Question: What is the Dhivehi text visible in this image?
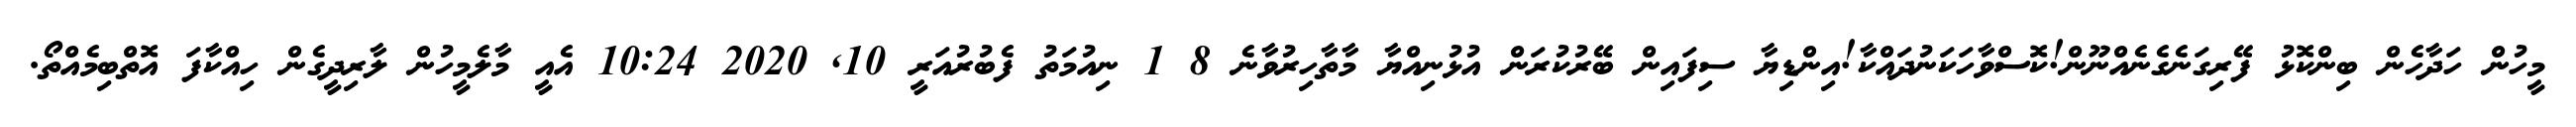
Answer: މީހުން ހަދާހެން ބިންކޮޅު ފޭރިގަނެގެނެއްނޫން!ކޮސްވާހަކަނުދައްކާ!އިންޑިޔާ ސިފައިން ބޭރުކުރަން އުޅުނިއްޔާ މާތާހިރުވާނެ 8 1 ނިއުމަތު ފެބުރުއަރީ 10, 2020 10:24 އެއީ މާލެމީހުން ލާރިދީގެން ހިއްކާފަ އޮތްބިމެއްތޯ.